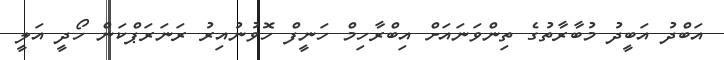
އަބްދު އަބީދު މުބާރާތުގެ ތިންވަނައަށް އިބްރާހިމް ހަނީފް ހޮވުނުއިރު ރަނަރަޕްކަން ހޯދީ އަލީ